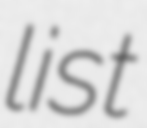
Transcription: list